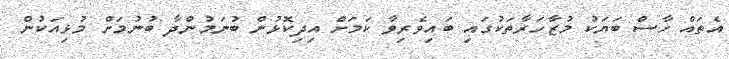
އެތައް ހާސް ބަޔަކު މުޒާހަރާތަކުގައި ބައިވެރިވާ ކަމަށް އިދިކޮޅުން ބުނަމުންދާ ބުނުމަށް މުޅިއަކުން